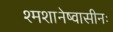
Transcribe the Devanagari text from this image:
श्मशानेष्वासीनः